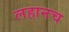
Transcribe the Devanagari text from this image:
लहानच